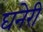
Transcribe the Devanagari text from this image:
घनेरी